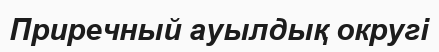
Приречный ауылдық округі